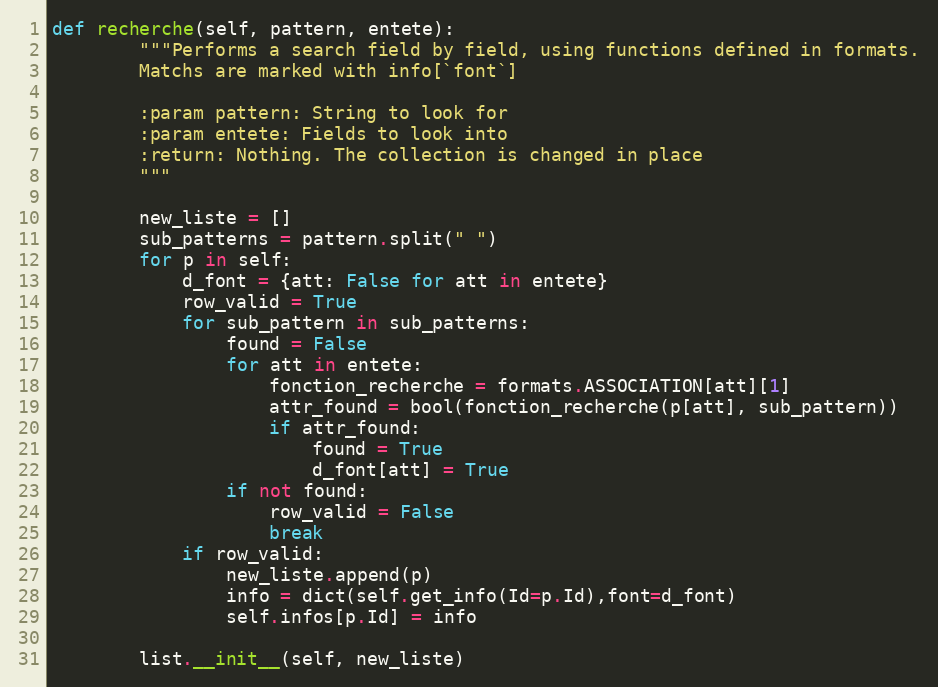
Language: Python
def recherche(self, pattern, entete):
        """Performs a search field by field, using functions defined in formats.
        Matchs are marked with info[`font`]

        :param pattern: String to look for
        :param entete: Fields to look into
        :return: Nothing. The collection is changed in place
        """

        new_liste = []
        sub_patterns = pattern.split(" ")
        for p in self:
            d_font = {att: False for att in entete}
            row_valid = True
            for sub_pattern in sub_patterns:
                found = False
                for att in entete:
                    fonction_recherche = formats.ASSOCIATION[att][1]
                    attr_found = bool(fonction_recherche(p[att], sub_pattern))
                    if attr_found:
                        found = True
                        d_font[att] = True
                if not found:
                    row_valid = False
                    break
            if row_valid:
                new_liste.append(p)
                info = dict(self.get_info(Id=p.Id),font=d_font)
                self.infos[p.Id] = info

        list.__init__(self, new_liste)